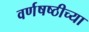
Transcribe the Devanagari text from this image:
वर्णषष्ठीच्या